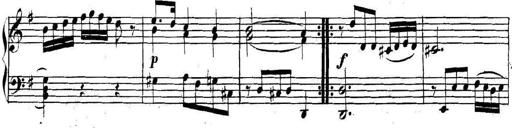
Title: Collected Piano Sonatas
Composer: Muzio Clementi